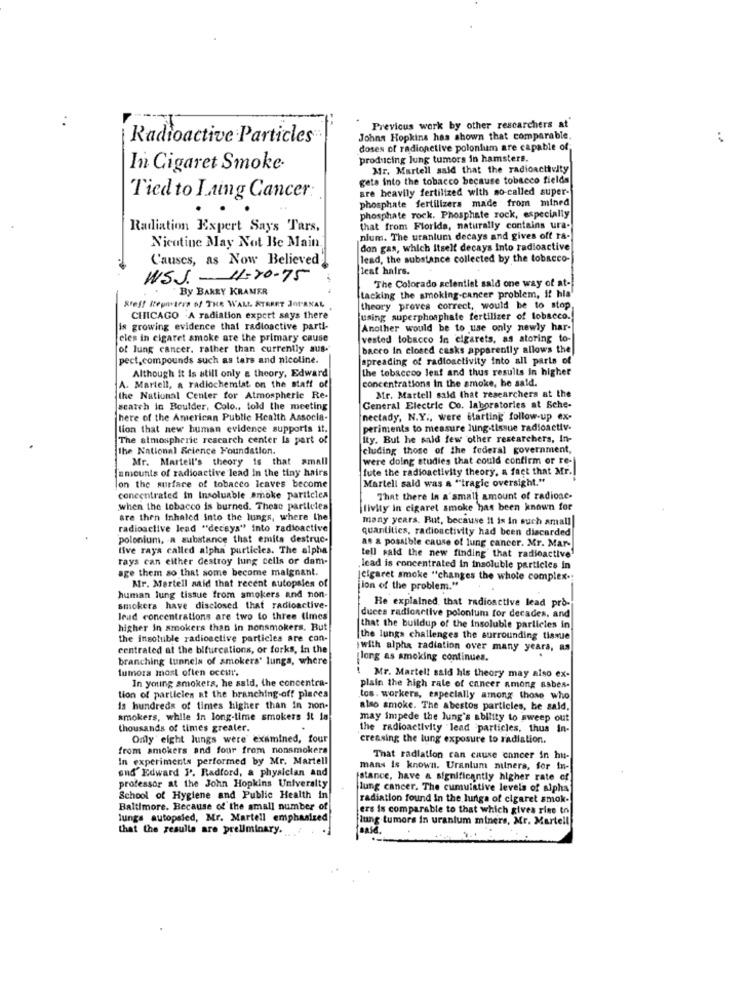
Previous work by other researchers at
Radioactive Particles:
Johns Hopkins has shown that comparable.
:
doses of radionetive polonium are capable of
producing lung tumors in hamsters.
In Cigaret Smoke.
Mr. Martell said that the radioachtelty
geta into the tobacco because tobacco fields
are heavily fertilized with no-called super-
Tied to Laing Cancer:
phosphate fertilizers made from mined
phosphate rock. Phosphate rock, especially
Radiation Expert Says Tars.
that from Florida, naturally contains ura-
nium. The uranium decays and gives off ra-
Nicotine May Not Be Main.
don gas, which itself decays Into radioactive
Causes, as Now Believed
lead, the substance collected by the tobacco-
leaf hairs.
WSJ.
11-20-75
By BARRY KRAMER
tacking the smoking-cancer problem, if hla'
The Colorado scientist sald one way of at-
Steff Reuntere of THE WALL STREET JO
theory proves correct, would be to stop
CHICAGO .A radiation expert says there
using superphosphate fertilizer of tobacco.
is growing evidence that radioactive parti-
Another would be to use only newly har-
eles in cigaret smoke are the primary cause
vested tobacco in cigarets, as storing to-
of lung cancer. rather than currently aus-
bacco in closed casks apparently allows the
pect.compounds such as tars and nicoline.
spreading of radioactivity into all parts of
Although It is still only a theory, Edward
the tobaccoo leaf and thus results in higher
A. Martell, a radiochemiat on the staff of
concentrations in the smoke, he said.
the National Center for Atmospheric Re-
Mr. Martell said that researchers at the
seatch in Boulder, Colo ., told the meeting
General Electric Co. laboratories at Sche-
here of the American Public Health Associa-
nectady, N.Y ., were starting follow-up ex-
lion that new human evidence supports it.
periments to measure lung-tissue radioactiv-
The atmospheric research center Is part of
ity. But he said few other researchers, In-
The National Science Foundation.
cluding those of the federal government,
Mr. Martell's theory is that small
were doing studies that could confirm or re-
amounts of radioactive lead in the tiny hairs
fute the radioactivity theory, a fact that Mr.
Martell said was a "tragic oversight."
on the surface of tobacco Icaves become
concentrated in Insoluable smoke particles
That there In a'small amount of radione-
when the tobacco is burned. These particles
livity in cigaret smoke has been known for
are then Inhaled Into the lungs, where the.
many years. But, because It is in such amall
radioactive lead "decays" into radioactive
quantities, radioactivity had been discarded
polonium, a substance that emits destruc-
8. & possible cause of lung cancer. Mr. Mar-
live raya called alpha particles. The alpha
rays can either destroy lung cells or dam-
tell said the new finding that radioactive'
age them so that some become malgnant.
lead is concentrated In insoluble particles in
Mr. Mertell aid that recent autopsies of
|cigaret smoke "changes the whole complex .:
jlon of the problem."
human lung tissue from smokers and non-
smokers have disclosed that radioactive-
duces radioactive polonium for decades, and
He explained, that radioactive lead pro-
leud concentrations are two to three (imes
higher in smokers than in nonsmokers. But
that the buildup of the insoluble particles in
the insoluble radioactive particles are con-
the lungs challenges the surrounding tissue
centrated at the bifurcations, or forks, In the
jwith alpha radiation over many years, as
branching tunnels of smokers' lungs, where
long as smoking continues.
tumora most often occur.
In young smokers, he said, the concentra-
Mr. Martell said his theory may also ex-
plain the high rate of cancer among asbes-
tion of particles at the branching-off places
tos. workers, especially among those who
is hundreds of times higher than in non-
also smoke. The abestos particles, he said,
smokers, while in long-time smokers St la
may impede the lung's ability to sweep out
thousands of times greater.
the radioactivity "lead particles, thus in
Only' eight lungs were' examined, four
creasing the lung exposure to radiation.
from amokers and four from nonsmokers
In experiments performed by Mr. Martell
That radiation can cause cancer in hu-
and Edward P. Radford, a physician and
mans is known. Uranium miners, for in-
stance, have a significantly higher rate of
professor at the John Hopkins University
lung cancer. The cumulative levels of alpha
School of Hygiene and Public Health in
radiation found In the lungs of cigaret smok-
Baltimore. Because of the small number of
ers is comparable to that which gives rise to
lungs autopsied, Mr. Martell emphasized
lung tumors in uranium miners, Mr. Martell
that the results are preliminary.